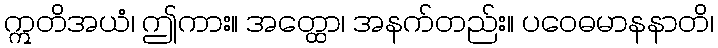
ဣတိအယံ၊ ဤကား။ အတ္ထော၊ အနက်တည်း။ ပဝေဓမာနနာတိ၊